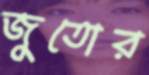
জুতোর